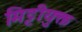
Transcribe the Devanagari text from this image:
मिट्टीयुक्त